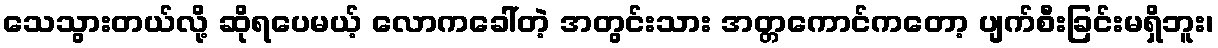
သေသွားတယ်လို့ ဆိုရပေမယ့် လောကခေါ်တဲ့ အတွင်းသား အတ္တကောင်ကတော့ ပျက်စီးခြင်းမရှိဘူး၊